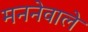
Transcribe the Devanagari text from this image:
मननेवाले